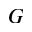
G